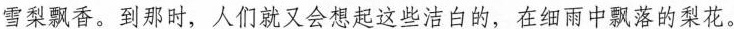
雪梨飘香。到那时，人们就又会想起这些洁白的，在细雨中飘落的梨花。